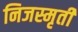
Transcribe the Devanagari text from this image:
निजस्मृती